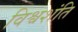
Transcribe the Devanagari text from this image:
विश्वशंति